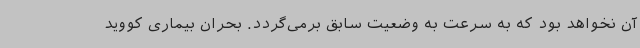
آن نخواهد بود که به سرعت به وضعیت سابق برمی‌گردد. بحران بیماری کووید